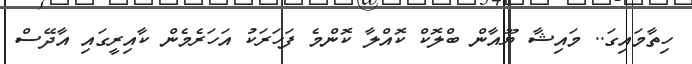
ހިތާމައިގަ.. މައިޝާ ޔޫއާން ބްލޮކް ކޮއްލާ ކޮންމެ ފަހަރަކު އަހަރެމެން ކާއިރީގައި އާދޭސް